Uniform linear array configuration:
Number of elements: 8
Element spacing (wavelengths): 1
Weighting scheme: cosine
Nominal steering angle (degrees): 15
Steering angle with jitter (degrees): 13.593
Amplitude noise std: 0.05
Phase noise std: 0.05

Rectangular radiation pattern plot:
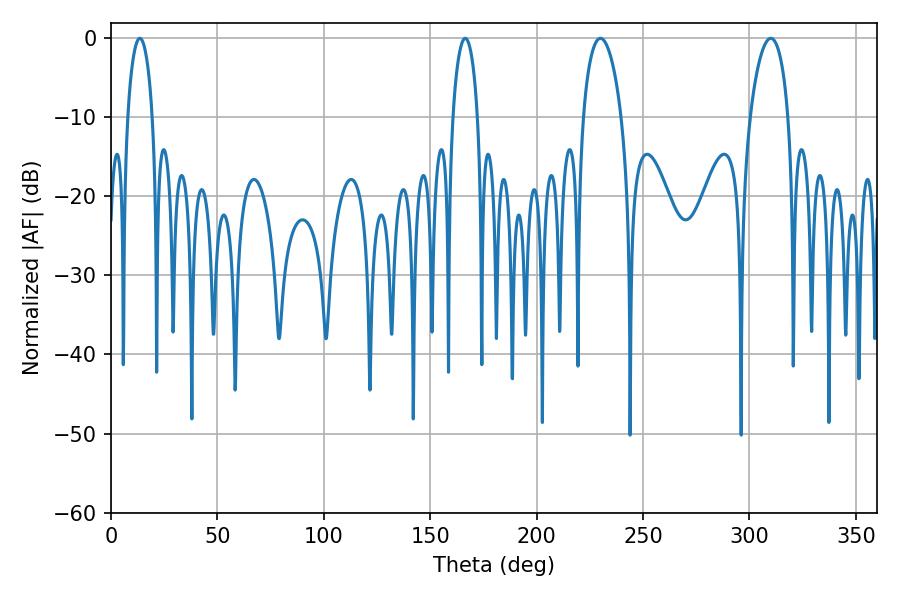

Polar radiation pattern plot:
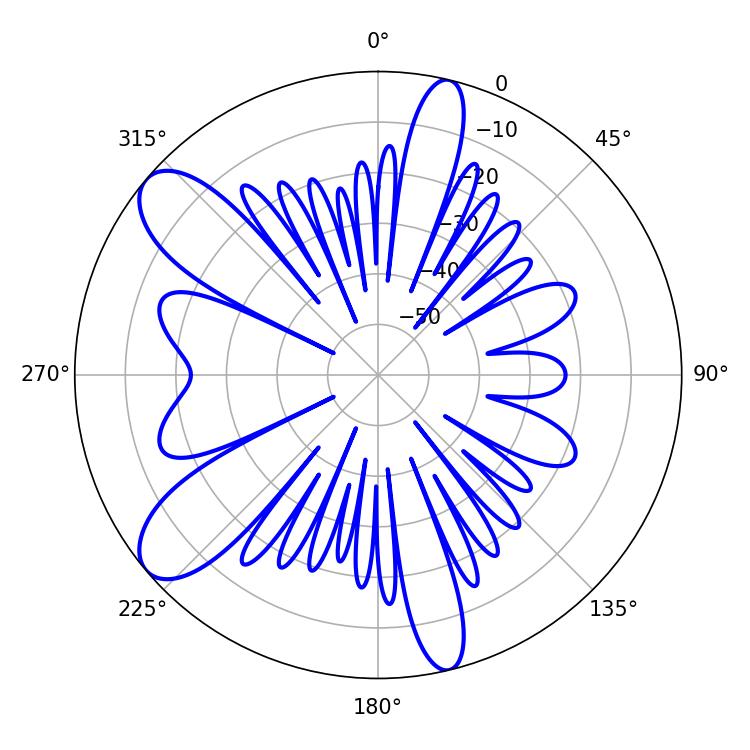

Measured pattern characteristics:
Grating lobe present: TRUE
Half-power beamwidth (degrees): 10.26
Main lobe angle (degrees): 230.04